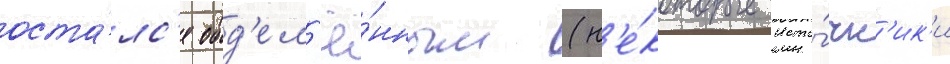
оста́лс'я обд'ел'ё́нным (н'е́которые исто́чн'ик'и